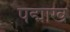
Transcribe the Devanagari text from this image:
पद्माख